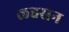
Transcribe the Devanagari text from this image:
लहसन